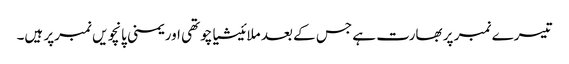
تیسرے نمبر پر بھارت ہے جس کے بعد ملائیشیاچوتھی اور یمنی پانچویں نمبرپر ہیں۔